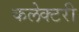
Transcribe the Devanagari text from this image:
कलेक्टरी